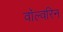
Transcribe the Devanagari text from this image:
वॉल्वरिन